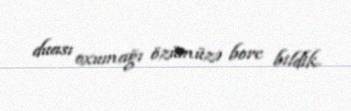
duası oxumağı özümüzə borc bildik.